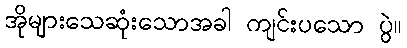
အိုများသေဆုံးသောအခါ ကျင်းပသော ပွဲ။